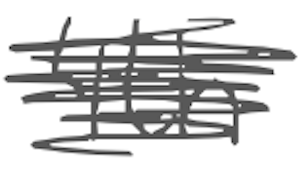
Text: 4th
Cross-out: mix
Writing tool: digital_gray